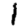
Digit: 1